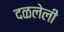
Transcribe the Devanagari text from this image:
दळलेली